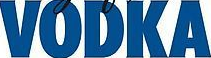
VODKA